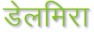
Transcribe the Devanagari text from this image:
डेलमिरा